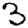
Digit: 3